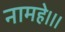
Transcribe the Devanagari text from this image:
नामहे।।।